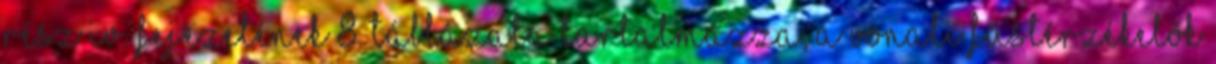
rész IV. fejezetének 8. táblázata tartalmazza, a vonali füstérzékelõk